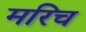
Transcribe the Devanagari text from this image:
मरिच